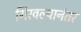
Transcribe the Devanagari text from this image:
गिरवल्यानंतर